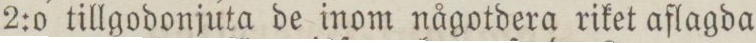
2:o tillgodonjuta de inom någotdera riket aflagda